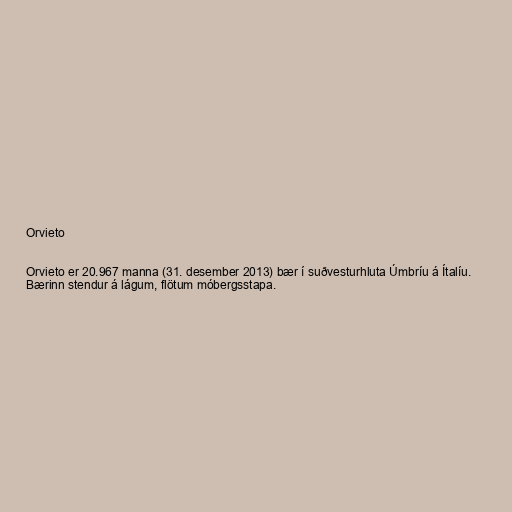
Orvieto

Orvieto er 20.967 manna (31. desember 2013) bær í suðvesturhluta Úmbríu á Ítalíu.
Bærinn stendur á lágum, flötum móbergsstapa.